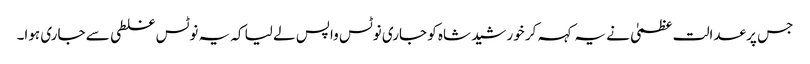
جس پر عدالت عظمیٰ نے یہ کہہ کر خورشید شاہ کو جاری نوٹس واپس لے لیا کہ یہ نوٹس غلطی سے جاری ہوا۔